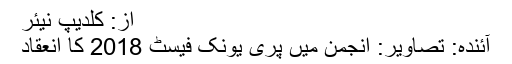
از: کلدیپ نیئر
آئندہ: تصاویر: انجمن میں پری یونک فیسٹ 2018 کا انعقاد